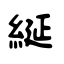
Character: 綖